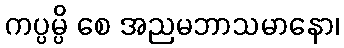
ကပ္ပမ္ပိ စေ အညမဘာသမာနော၊